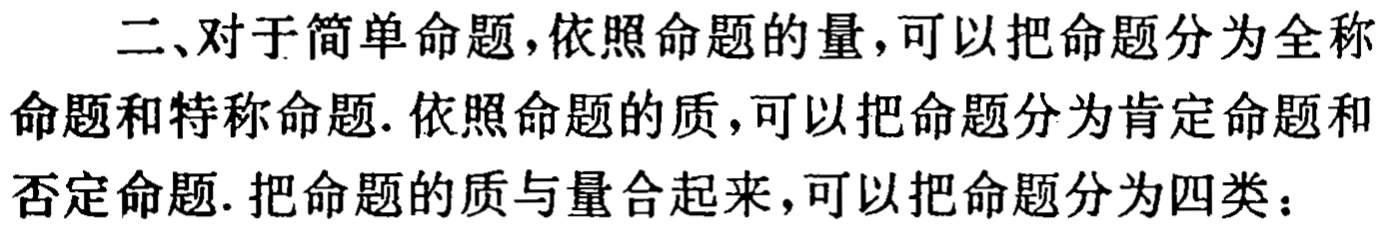
二、对于简单命题，依照命题的量，可以把命题分为全称命题和特称命题. 依照命题的质，可以把命题分为肯定命题和否定命题. 把命题的质与量合起来，可以把命题分为四类：